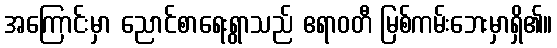
အကြောင်းမှာ ညောင်စာရေးရွာသည် ဧရာဝတီ မြစ်ကမ်းဘေးမှာရှိ၏။